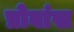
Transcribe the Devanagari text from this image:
प्रोवांस